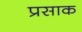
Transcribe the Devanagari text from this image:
प्रसाक